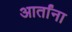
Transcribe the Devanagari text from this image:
आर्तांना